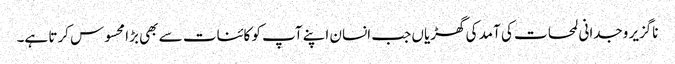
ناگزیر وجدانی لمحات کی آمد کی گھڑیاں جب انسان اپنے آپ کو کائنات سے بھی بڑا محسوس کرتا ہے۔